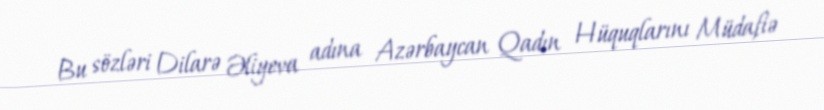
Bu sözləri Dilarə Əliyeva adına Azərbaycan Qadın Hüquqlarını Müdafiə